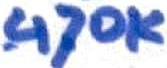
Text: 470K